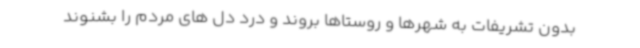
بدون تشریفات به شهرها و روستاها بروند و درد دل های مردم را بشنوند